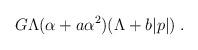
LaTeX: \begin{align*}G\Lambda(\alpha+a\alpha^2)(\Lambda +b|p|)\;.\end{align*}